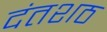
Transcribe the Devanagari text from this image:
दंतशठ